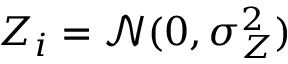
Z _ { i } = \mathcal { N } ( 0 , \sigma _ { Z } ^ { 2 } )